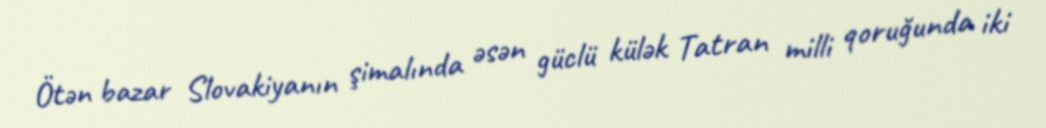
Ötən bazar Slovakiyanın şimalında əsən güclü külək Tatran milli qoruğunda iki